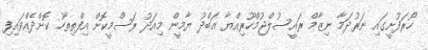
ހޯރަފުށީގައި ނަރުދަމާ ނިޒާމް ރައީސުލްޖުމްހޫރިއްޔާ އަބްދު ޔާމީން މިއަދު ރަސްމީކޮށް އިފްތިތާހު ކޮށްދެއްވައިފި